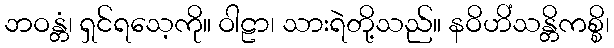
ဘဝန္တံ၊ ရှင်ရသေ့ကို။ ဝါဠာ၊ သားရဲတို့သည်။ နဝိဟိံသန္တိကစ္စိ၊